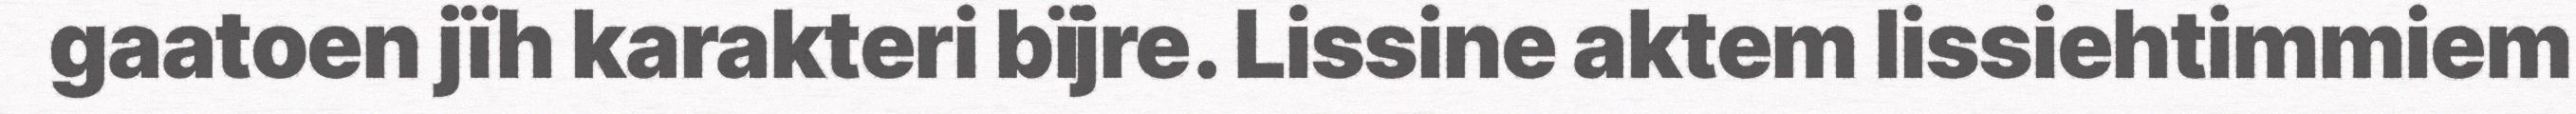
gaatoen jïh karakteri bïjre. Lissine aktem lissiehtimmiem